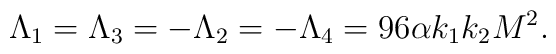
\Lambda_1=\Lambda_3=-\Lambda_2=-\Lambda_4=96\alpha k_1 k_2 M^2.